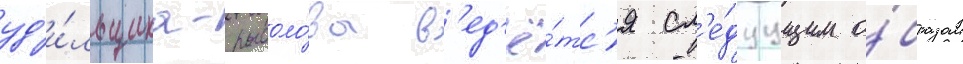
уд'и́льщика-рыболо́ва в'ед'ё́тс'я сл'е́дуущим о́бразом